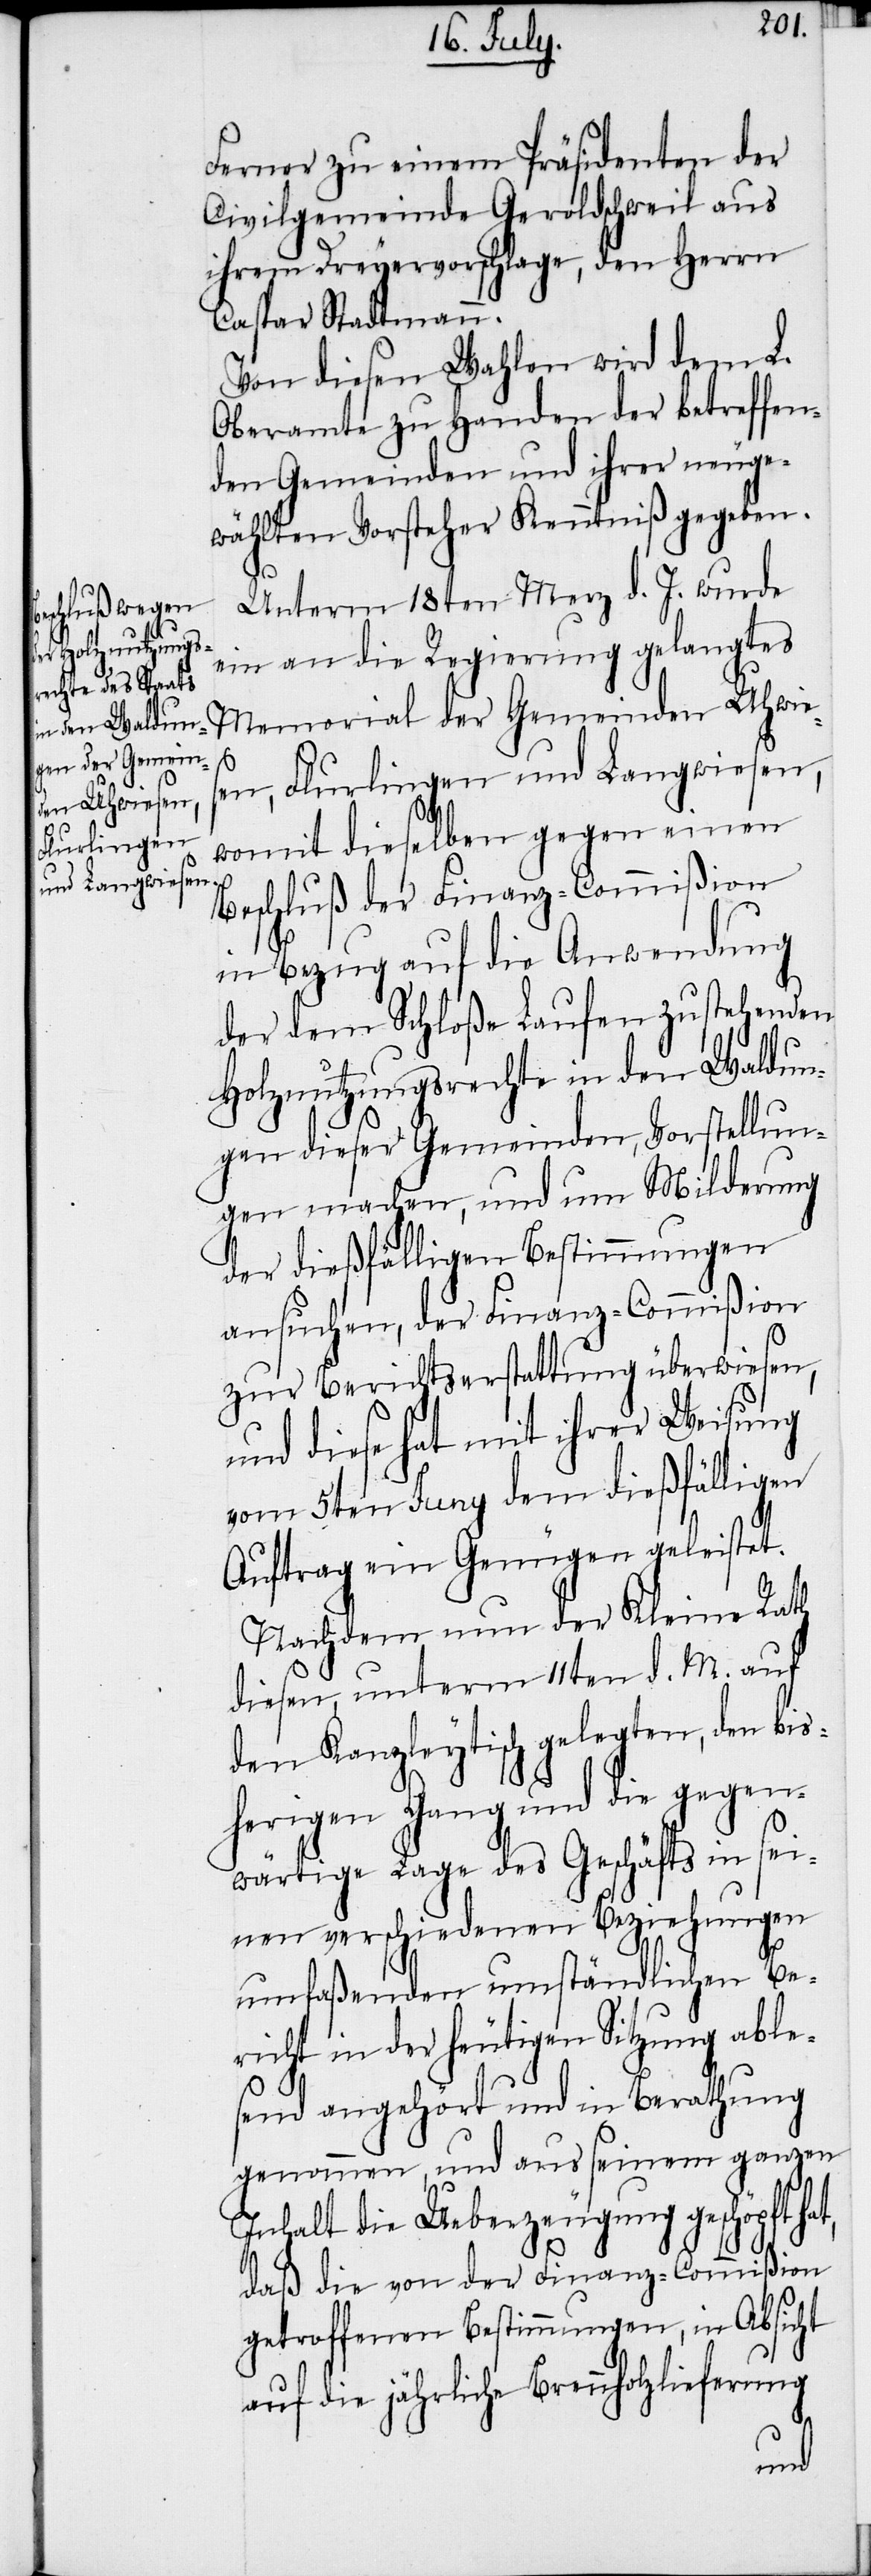
Ferner zu einem Präsidenten der
Civilgemeinde Geroldschweil aus
ihrem Dreyervorschlage, den Herrn
Caspar Stadtmann.
Von diesen Wahlen wird dem L.
Oberamte zu Handen der betreffen¬
den Gemeinden und ihrer neuge¬
wählten Vorsteher Kenntniß gegeben.
Unterm 18ten Merz d. J. wurde
ein an die Regierung gelangtes
Memorial der Gemeinden Uhwies¬
en, Flurlingen und Langwiesen,
womit dieselben gegen einen
Beschluß der Finanz-Commißion
in Bezug auf die Anwendung
der dem Schloße Laufen zustehenden
Holznutzungsrechte in den Waldun¬
gen dieser Gemeinden, Vorstellun¬
gen machen, und um Milderung
der dießfälligen Bestimmungen
ansuchen, der Finanz-Commißion
zur Berichtserstattung überwiesen,
und diese hat mit ihrer Weisung
vom 5ten Juny dem dießfälligen
Auftrag ein Genügen geleistet.
Nachdem nun der Kleine Rath
diesen, unterm 11ten d. M. auf
den Kanzleytisch gelegten, den bis¬
herigen Gang und die gegen¬
wärtige Lage des Geschäfts in sei¬
nen verschiedenen Beziehungen
umfaßenden umständlichen Be¬
richt in der heutigen Sitzung ables¬
end angehört und in Berathung
genommen, und aus seinem ganzen
Inhalt die Ueberzeugung geschöpft ha¬
t, daß die von der Finanz-Commißion
getroffenen Bestimmungen, in Absicht
auf die jährliche Brennholzlieferung